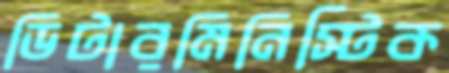
ডিটারমিনিস্টিক